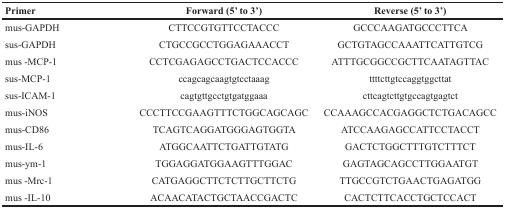
| Primer | Forward (5’ to 3’) | Reverse (5’ to 3’) |
 | --- | --- | --- |
 | mus-GAPDH | CTTCCGTGTTCCTACCC | GCCCAAGATGCCCTTCA |
 | sus-GAPDH | CTGCCGCCTGGAGAAACCT | GCTGTAGCCAAATTCATTGTCG |
 | mus -MCP-1 | CCTCGAGAGCCTGACTCCACCC | ATTTGCGGCCGCTTCAATAGTTAC |
 | sus-MCP-1 | ccagcagcaagtgtcctaaag | ttttcttgtccaggtggcttat |
 | sus-ICAM-1 | cagtgttgcctgtgatggaaa | cttcagtcttgtgccagtgagtct |
 | mus-iNOS | CCCTTCCGAAGTTTCTGGCAGCAGC | CCAAAGCCACGAGGCTCTGACAGCC |
 | mus-CD86 | TCAGTCAGGATGGGAGTGGTA | ATCCAAGAGCCATTCCTACCT |
 | mus-IL-6 | ATGGCAATTCTGATTGTATG | GACTCTGGCTTTGTCTTTCT |
 | mus-ym-1 | TGGAGGATGGAAGTTTGGAC | GAGTAGCAGCCTTGGAATGT |
 | mus -Mrc-1 | CATGAGGCTTCTCTTGCTTCTG | TTGCCGTCTGAACTGAGATGG |
 | mus -IL-10 | ACAACATACTGCTAACCGACTC | CACTCTTCACCTGCTCCACT |